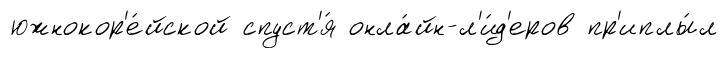
южнокор'е́йской спуст'я́ онла́йн-л'и́д'еров пр'иплы́л